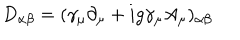
D _ { \alpha \beta } = ( \gamma _ { \mu } \partial _ { \mu } + i g \gamma _ { \mu } A _ { \mu } ) _ { \alpha \beta }